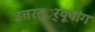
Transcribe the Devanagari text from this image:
उत्तरत््रयूपांग